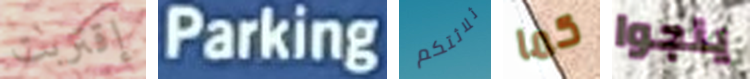
إقتربت Parking ثلاثتكم كما ينجوا